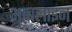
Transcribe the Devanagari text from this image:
आबलाइन